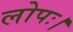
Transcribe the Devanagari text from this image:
लोपः।